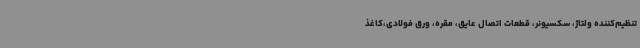
تنظیم‌کننده ولتاژ، سکسیونر، قطعات اتصال عایق، مقره، ورق فولادی،کاغذ